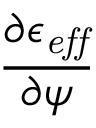
\frac { \partial \epsilon _ { \it e f f } } { \partial \psi }